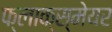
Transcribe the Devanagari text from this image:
फ्लाक्स्मेयर